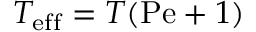
T _ { \mathrm { e f f } } = T ( \mathrm { P e } + 1 )